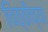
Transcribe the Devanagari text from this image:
चिठ्ठीच्या